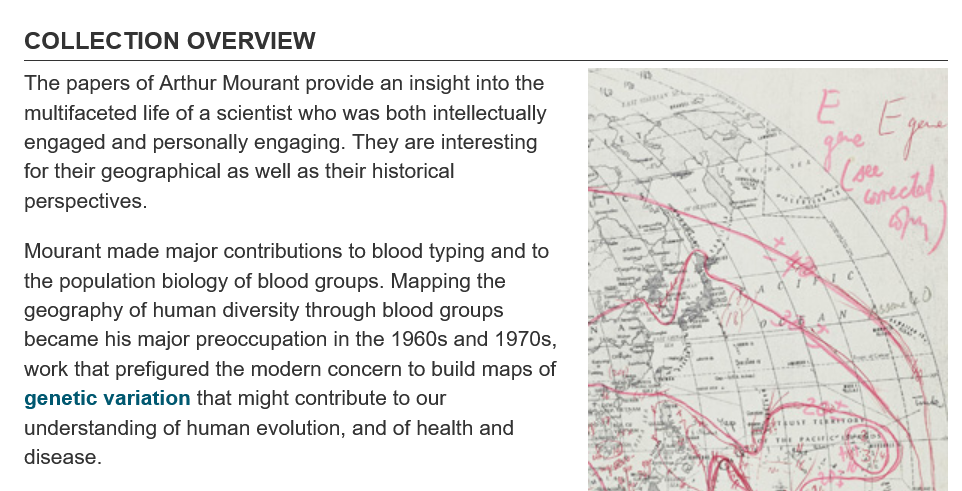
COLLECTION    OVERVIEW
   The papers of Arthur Mourant provide an insight into the
   multifaceted life of a scientist who was both intellectually
   engaged  and personally engaging. They are interesting
   for their geographical as well as their historical
   perspectives.
   Mourant made  major contributions to blood typing and to
   the population biology of blood groups. Mapping the
   geography of human diversity through blood groups
   became his major preoccupation in the 1960s and 1970s,
   work that prefigured the modern concern to build maps of
   genetic variation that might contribute to our
   understanding of human evolution, and of health and
   disease.